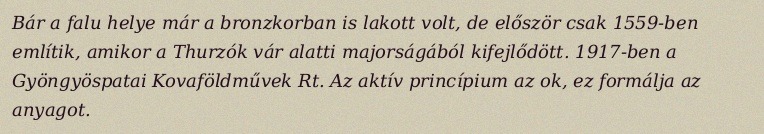
Bár a falu helye már a bronzkorban is lakott volt, de először csak 1559-ben említik, amikor a Thurzók vár alatti majorságából kifejlődött. 1917-ben a Gyöngyöspatai Kovaföldművek Rt. Az aktív princípium az ok, ez formálja az anyagot.